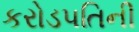
કરોડપતિની